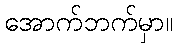
အောက်ဘက်မှာ။